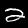
Label: 2